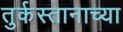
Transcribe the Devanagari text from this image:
तुर्कस्तानाच्या